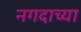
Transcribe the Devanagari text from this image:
नगदाच्या